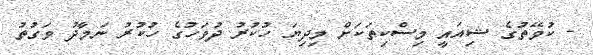
- ކުވޭތުގެ ޝިއައީ މިސްކިތަކަށް މިދިޔަ ހުކުރު ދުވަހުގެ ހުުކުުރު ނަމާދު ވަގުތު